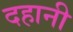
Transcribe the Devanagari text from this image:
दहानी